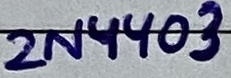
Text: 2N4403